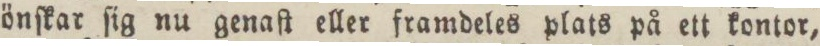
önſkar ſig nu genaſt eller framdeles plats på ett kontor,